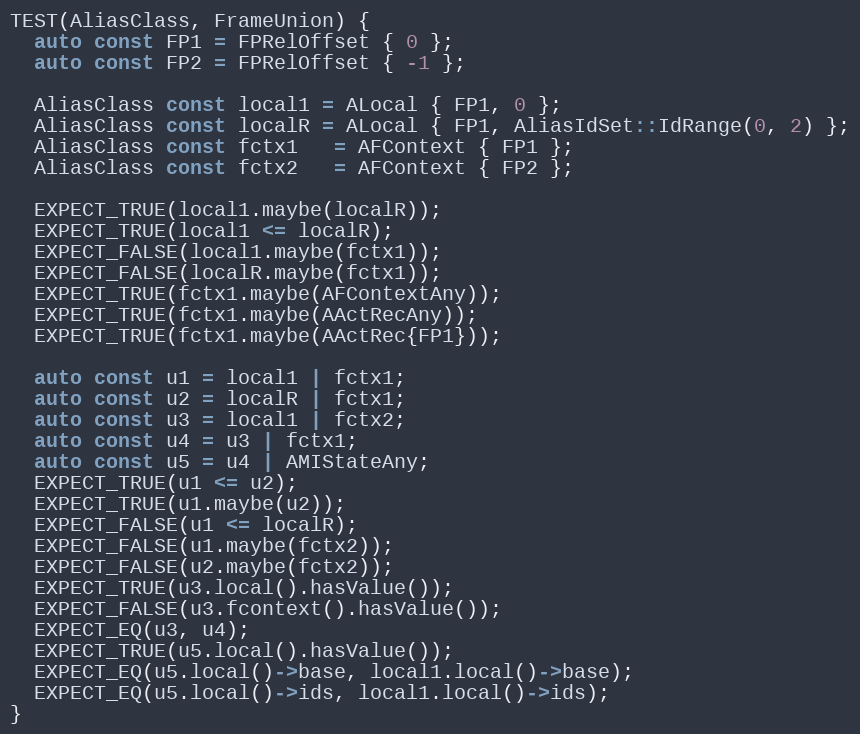
Language: C++
TEST(AliasClass, FrameUnion) {
  auto const FP1 = FPRelOffset { 0 };
  auto const FP2 = FPRelOffset { -1 };

  AliasClass const local1 = ALocal { FP1, 0 };
  AliasClass const localR = ALocal { FP1, AliasIdSet::IdRange(0, 2) };
  AliasClass const fctx1   = AFContext { FP1 };
  AliasClass const fctx2   = AFContext { FP2 };

  EXPECT_TRUE(local1.maybe(localR));
  EXPECT_TRUE(local1 <= localR);
  EXPECT_FALSE(local1.maybe(fctx1));
  EXPECT_FALSE(localR.maybe(fctx1));
  EXPECT_TRUE(fctx1.maybe(AFContextAny));
  EXPECT_TRUE(fctx1.maybe(AActRecAny));
  EXPECT_TRUE(fctx1.maybe(AActRec{FP1}));

  auto const u1 = local1 | fctx1;
  auto const u2 = localR | fctx1;
  auto const u3 = local1 | fctx2;
  auto const u4 = u3 | fctx1;
  auto const u5 = u4 | AMIStateAny;
  EXPECT_TRUE(u1 <= u2);
  EXPECT_TRUE(u1.maybe(u2));
  EXPECT_FALSE(u1 <= localR);
  EXPECT_FALSE(u1.maybe(fctx2));
  EXPECT_FALSE(u2.maybe(fctx2));
  EXPECT_TRUE(u3.local().hasValue());
  EXPECT_FALSE(u3.fcontext().hasValue());
  EXPECT_EQ(u3, u4);
  EXPECT_TRUE(u5.local().hasValue());
  EXPECT_EQ(u5.local()->base, local1.local()->base);
  EXPECT_EQ(u5.local()->ids, local1.local()->ids);
}